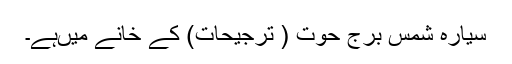
سیارہ شمس برج حوت ( ترجیحات) کے خانے میںہے۔